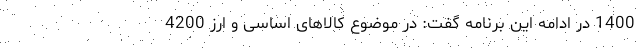
1400 در ادامه این برنامه گفت: در موضوع کالا‌های اساسی و ارز 4200